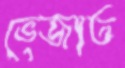
ভেজাত